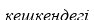
кешкендегі